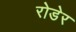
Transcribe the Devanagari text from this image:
रोडेर